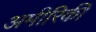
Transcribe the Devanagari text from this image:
अमीरिकी